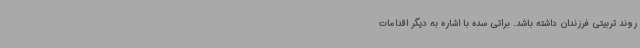
روند تربیتی فرزندان داشته باشد. براتی سده با اشاره به دیگر اقدامات